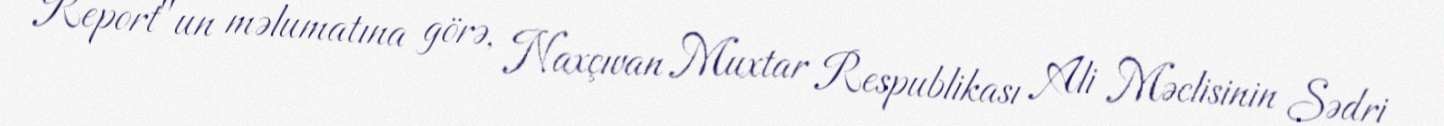
Report"un məlumatına görə, Naxçıvan Muxtar Respublikası Ali Məclisinin Sədri